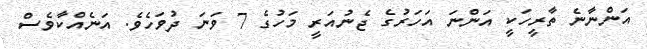
އަންނާނެ ތާރީހަކީ އަންނަ އަހަރުގެ ޖެނުއަރީ މަހުގެ 7 ވަނަ ދުވަހެވެ. އަނެއްކާވެސް